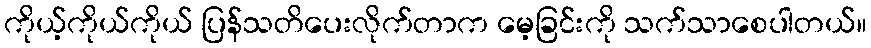
ကိုယ့်ကိုယ်ကိုယ် ပြန်သတိပေးလိုက်တာက မေ့ခြင်းကို သက်သာစေပါတယ်။